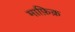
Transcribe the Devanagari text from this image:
माफ़िक़